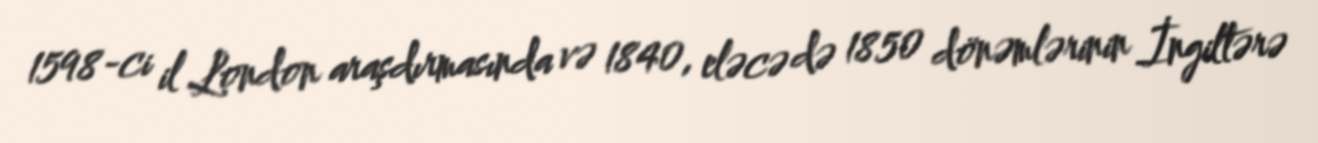
1598-ci il London araşdırmasında və 1840, eləcə də 1850 dönəmlərinin İngiltərə